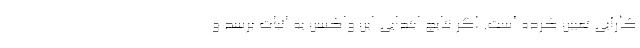
کارآیی تعیین کرده است. اگر نتایج ابتدایی این واکسن به اثبات برسد و